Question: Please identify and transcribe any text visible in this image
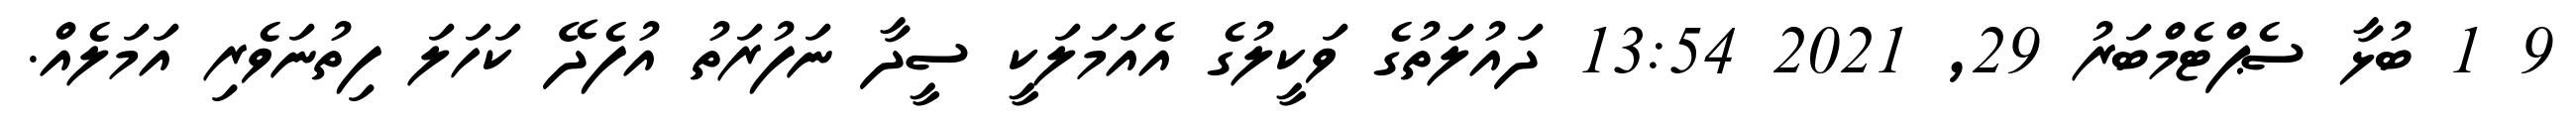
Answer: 9 1 ބުޅާ ސެޕްޓެމްބަރު 29, 2021 13:54 ދައުލަތުގެ ވަކީލުގެ އެއަމަލަކީ ސީދާ ނަފުރަތު އުފެދޭ ކަހަލަ ފިތުނަވެރި އަމަލެއް.